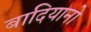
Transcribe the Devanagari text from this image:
बादियानो